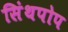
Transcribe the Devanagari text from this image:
सिंथपोप